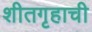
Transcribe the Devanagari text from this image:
शीतगृहाची